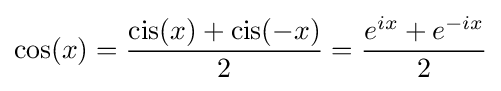
\cos(x)={\frac {\operatorname {cis} (x)+\operatorname {cis} (-x)}{2}}={\frac {e^{ix}+e^{-ix}}{2}}